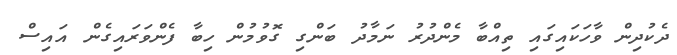
ދެކުދިން ވާހަކައިގައި ތިއްބާ މެންދުރު ނަމާދު ބަންގި ގޮވުމުން ހިބާ ފެންވަރައިގެން އައިސް